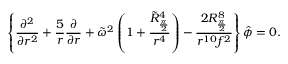
\left\{ { \frac { \partial ^ { 2 } } { \partial r ^ { 2 } } } + { \frac { 5 } { r } } { \frac { \partial } { \partial r } } + \tilde { \omega } ^ { 2 } \left( 1 + { \frac { \tilde { R } _ { \frac { \pi } { 2 } } ^ { 4 } } { r ^ { 4 } } } \right) - { \frac { 2 R _ { \frac { \pi } { 2 } } ^ { 8 } } { r ^ { 1 0 } f ^ { 2 } } } \right\} \hat { \phi } = 0 .